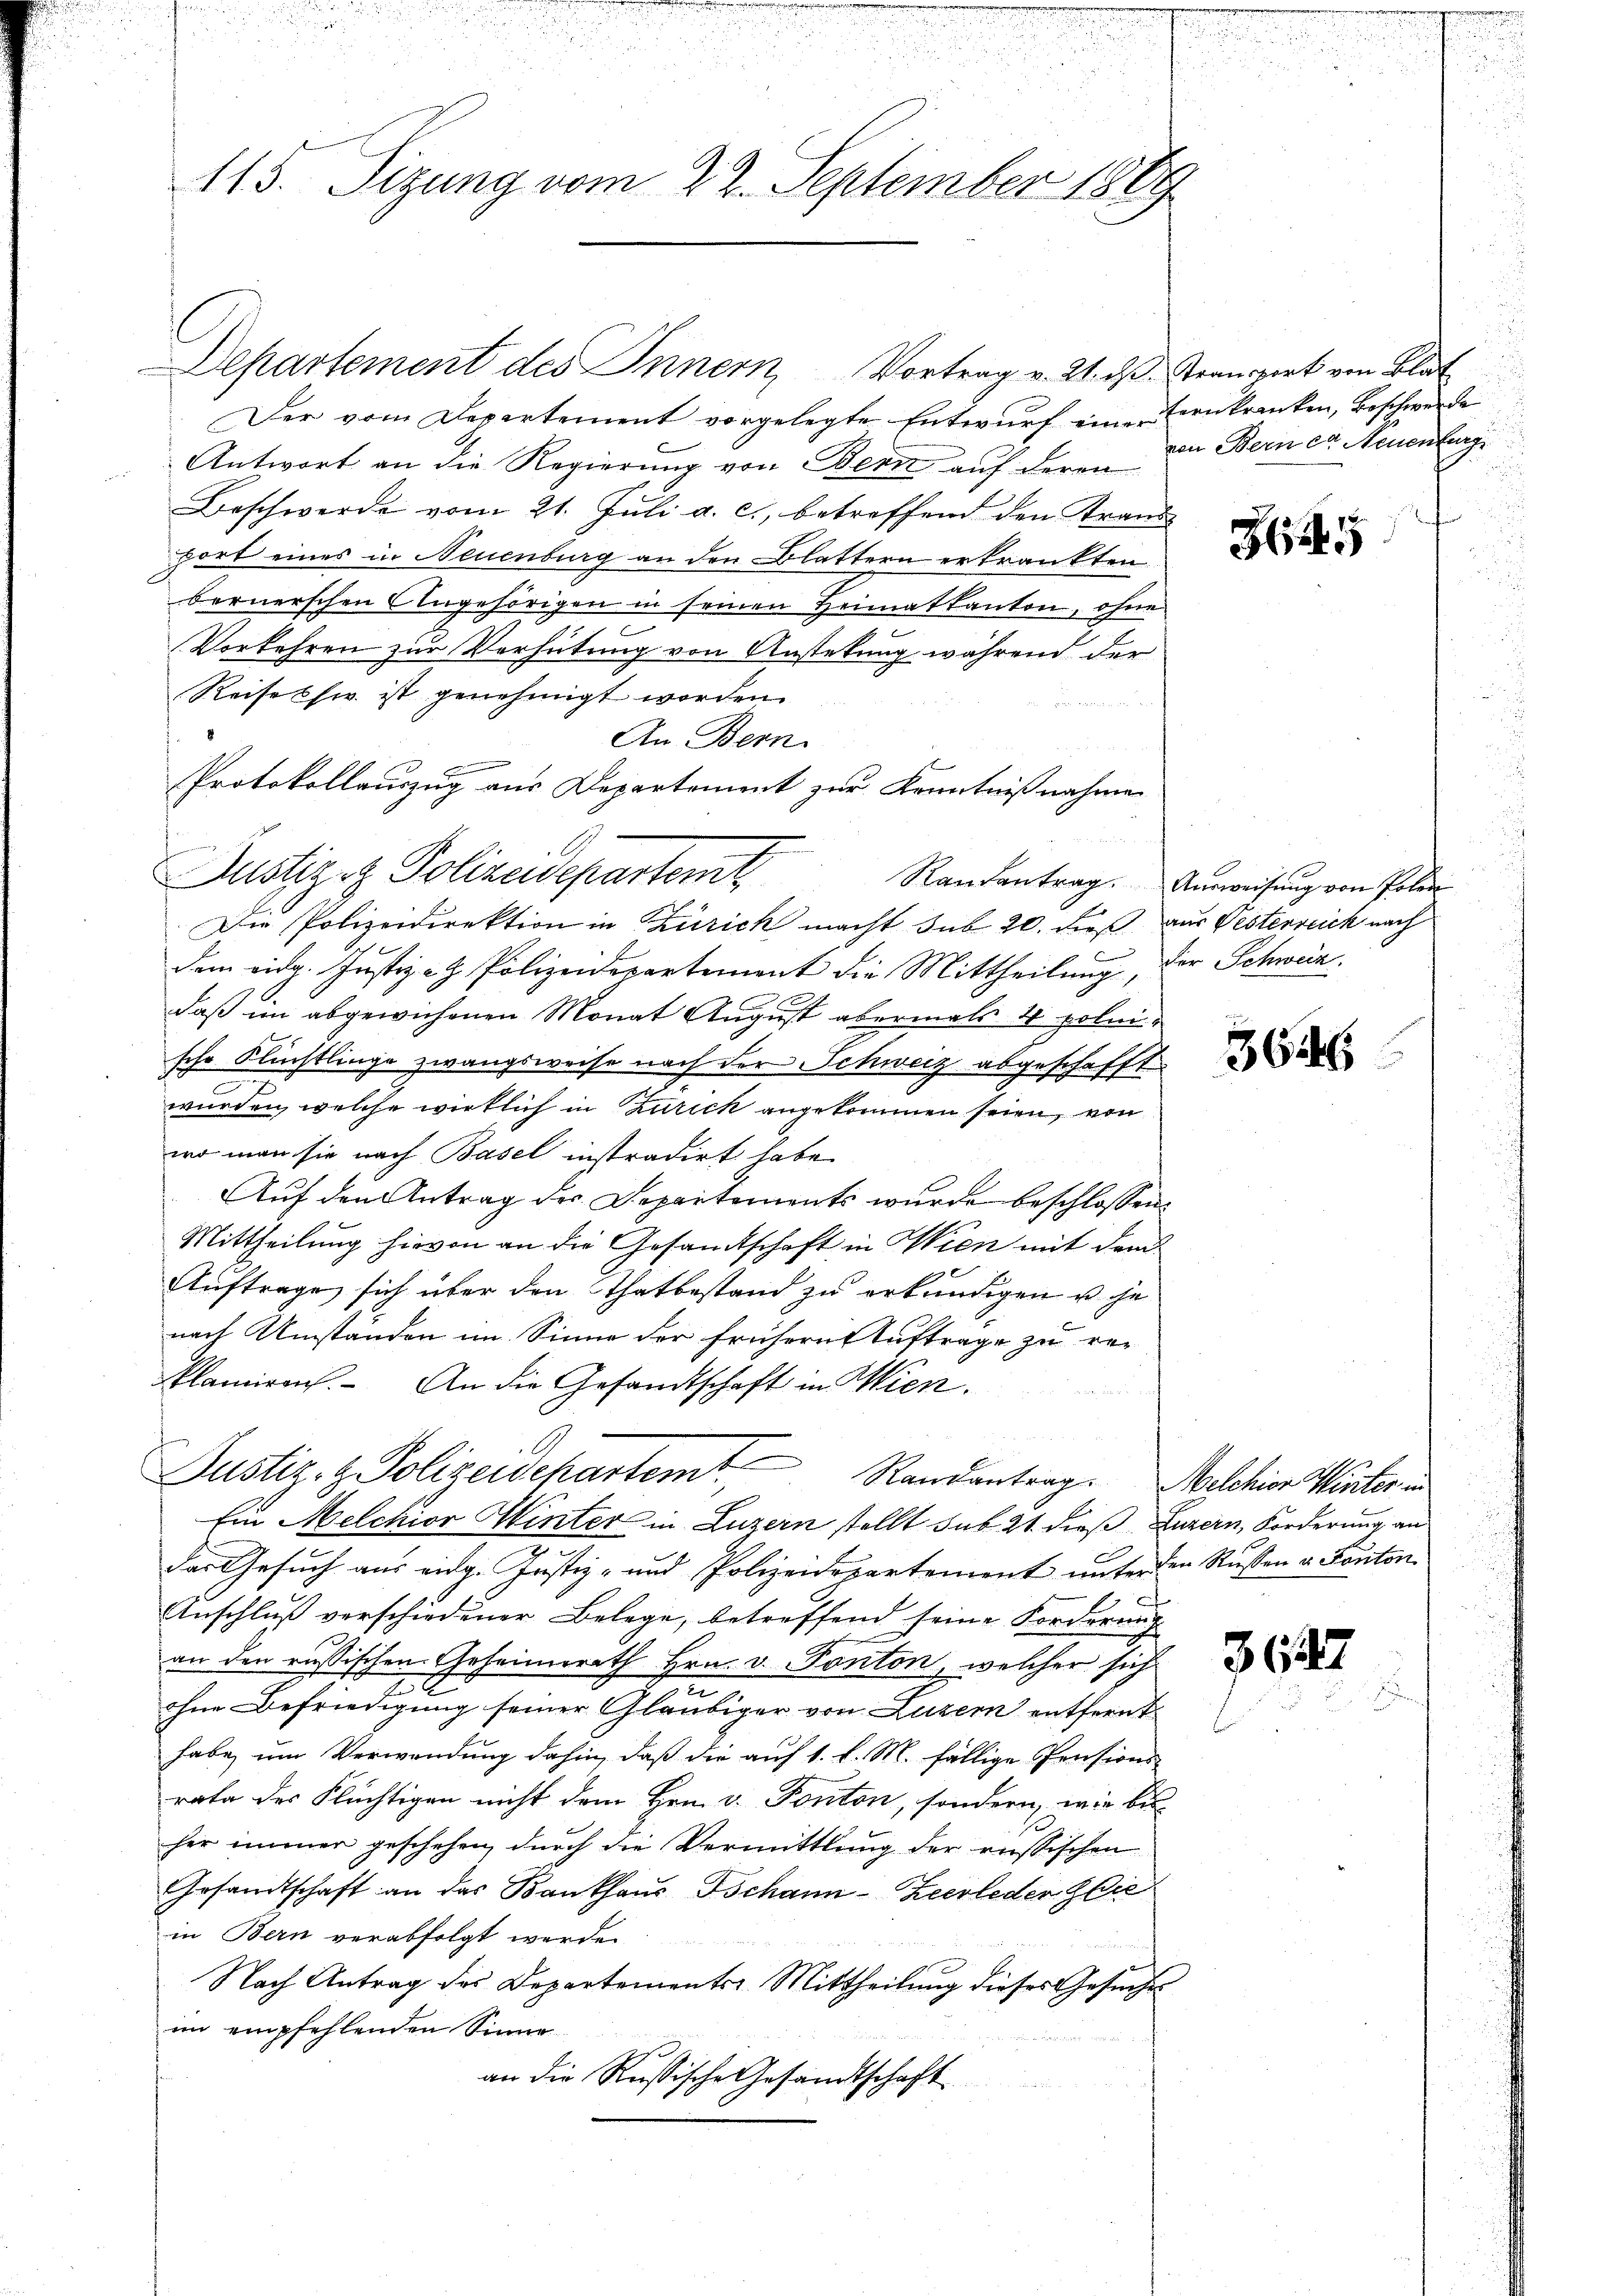
115. Sizung vom 22. September 1869

Der vom Departement vorgelegte Entwurf eine Erkranken, Beschwerde
Antwort an die Regierung von Bern auf deren
Beschwerde vom 21. Jŭli a. c., betreffend den Brand-
fort eines in Neuenburg an den Blättern erkrankten
bernerschen Angehörigen in seinen Heimatkanton, ohne
Vorkehren zur Verhütung von Anstekung während der
Reisessi ist genehmigt worden.

An Bern
Protokollauszug aus Departement zur Kenntnißnahme
Die Polizeidirektion in Zürich macht sub 20. dieß aus Pesterreich nach
dem eidg. Justiz- & Polizeidepartement die Mittheilung, der Schweiz.
daß im abgewichenen Monat August abermals 4 polnische Flüchtlinge zwangsweise nach der Schweiz abgeschafft
wurden, welche wirklich in Zürich angekommen seien, von
wo man sie nach Basel instradirt habe
Auf den Antrag des Departements wurde beschlossen:
Mittheilung hievon an die Gesamtschaft in Wien mit dem
Auftrage sich über den Thatbestand zu erkundigen u. he
nach Umständen im Sinne der frühern Auftrage zu reklamiren. An die Gesandtschaft in Wien.
Justiz- & Polizeidepartemt. Randantrag. Melchior Winter un
Ein Melchior Winter in Luzern stellt sub 21. dieß Luzern, Forderung an
das Gesuch aus eidg. Justiz- und Polizeidepartement unterden Russen v. Kanton
Anschluß verschiedener Belege, betreffend seine Forderung
an den russischen Geheimerath Hrn. v. Ponton, welcher sich
e
ohne Befriedigung seiner Gläubiger von Luzern entfernt
habe, um Verwendung dahin, daß die auf 1. l. M. fällige Pensions-
rata des Flüchtigen nicht dem Hrn. v. Ponton, sondern, wie bis
her immer geschehen, durch die Vermittlung der russischen
Gesandtschaft an das Bankhaus Tschann-Zeerleder Gere
in Bern verabfolgt werde.
Nach Antrag des Departements-Mittheilŭng dieses Gesŭches
im empfehlenden Sinne
an die Russische Gesandtschaft

Justiz & Polizeidepartemt

Departement des Innern, Vortrag v. 21. ds.

Transport von Blat
von Bern der Neuenburg

35

Raŭsantrag. Aŭsweisŭng von Polen

3626

3647